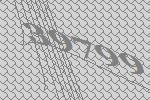
39799